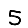
Digit: 5